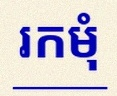
រកមុំ